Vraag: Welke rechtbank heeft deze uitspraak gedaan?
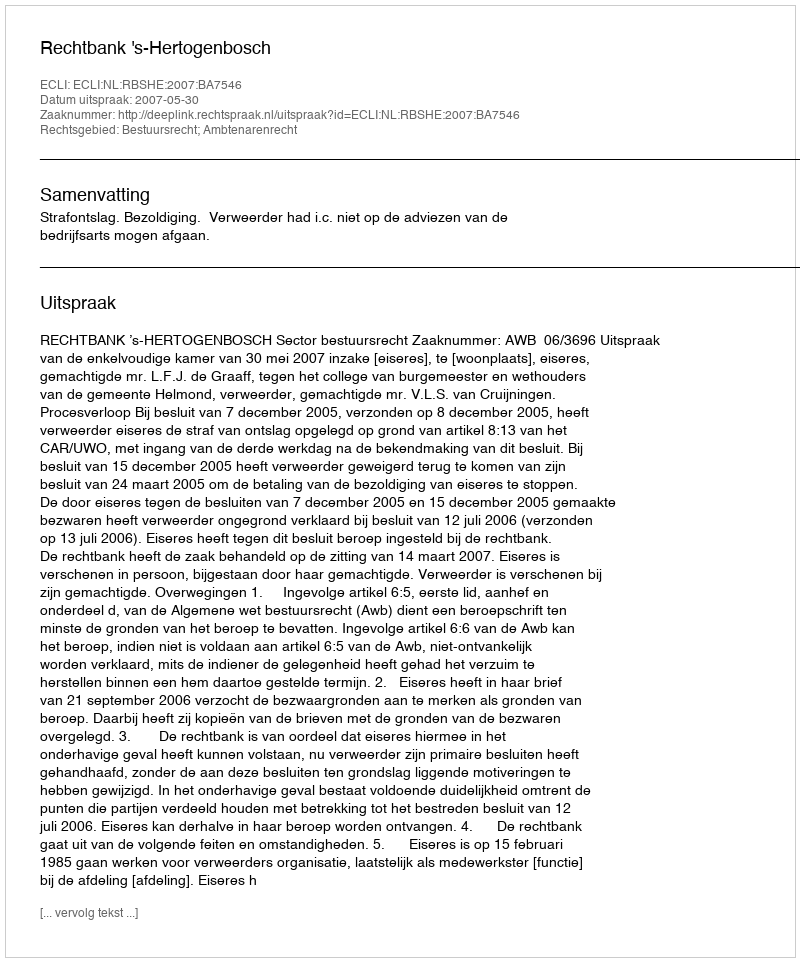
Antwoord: Rechtbank 's-Hertogenbosch